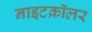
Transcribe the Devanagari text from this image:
नाइटक्रॉलर